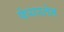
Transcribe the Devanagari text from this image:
फेयरलेन